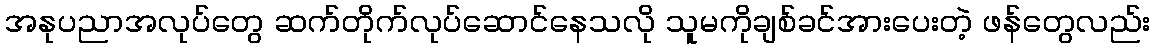
အနုပညာအလုပ်တွေ ဆက်တိုက်လုပ်ဆောင်နေသလို သူမကိုချစ်ခင်အားပေးတဲ့ ဖန်တွေလည်း